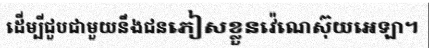
ដើម្បីជួបជាមួយនឹងជនភៀសខ្លួនវ៉េណេស៊ុយអេឡា។